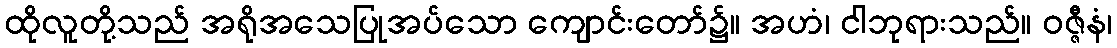
ထိုလူတို့သည် အရိုအသေပြုအပ်သော ကျောင်းတော်၌။ အဟံ၊ ငါဘုရားသည်။ ဝဇ္ဇီနံ၊